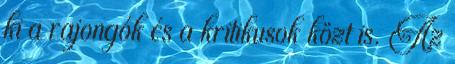
ki a rajongók és a kritikusok közt is. Az